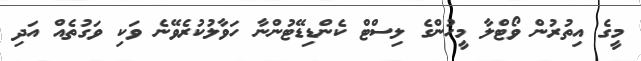
މީގެ އިތުރުން ވޯޓްލާ މީހުންގެ ލިސްޓް ކެންޑިޑޭޓުންނާ ހަވާލުކުރެވޭނެ ވަކި ވަގުތެއް އަދި